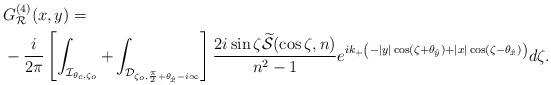
LaTeX: \begin{align*}&G^{(4)}_{\mathcal R}(x,y)=\\&-\frac{i}{2\pi}\left[\int_{\mathcal I_{\theta_c,\zeta_o}}+ \int_{\mathcal D_{\zeta_o,\frac\pi2+\theta_{\hat{x}}-i\infty}} \right]\frac{2i\sin\zeta \widetilde{\mathcal S}(\cos\zeta,n)}{n^2-1} {e^{ik_{+}\left(-\vert y \vert\cos(\zeta+\theta_{\hat y})+ \vert x \vert\cos(\zeta-\theta_{\hat x})\right)}}d\zeta.\end{align*}